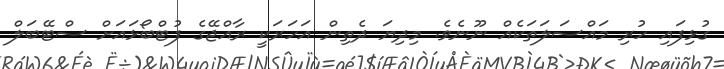
ގުޅިފައި ހުރި މައްސަލަތަކެއް ނޫނެވެ. މިދިޔަ ދެތިން އަހަރަކީ ރާއްޖޭގެ ފުޓްބޯޅައަށް ސްޓޭބަލް